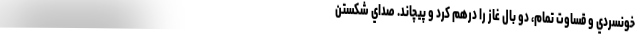
خونسردي و قساوت تمام، دو بال غاز را درهم كرد و پيچاند. صداي شكستن